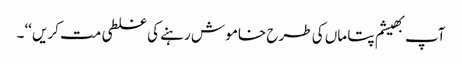
آپ بھیشم پتا ماں کی طرح خامو ش رہنے کی غلطی مت کریں ‘‘۔